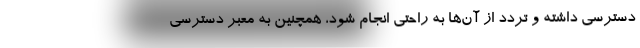
دسترسی داشته و تردد از آن‌ها به راحتی انجام شود، همچنین به معبر دسترسی